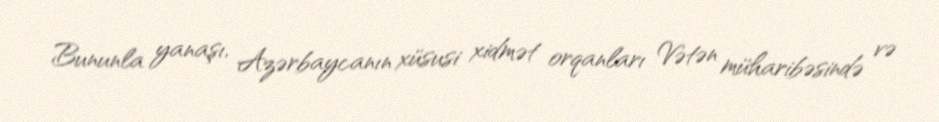
Bununla yanaşı, Azərbaycanın xüsusi xidmət orqanları Vətən müharibəsində və